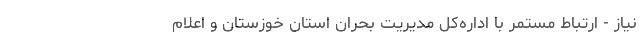
نیاز - ارتباط مستمر با اداره‌کل مدیریت بحران استان خوزستان و اعلام